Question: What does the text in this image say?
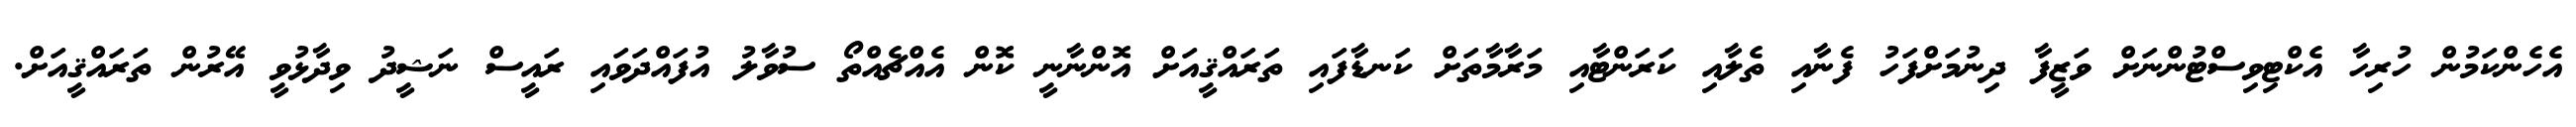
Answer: އެހެންކަމުން ހުރިހާ އެކްޓިވިސްޓުންނަށް ވަޒީފާ ދިނުމަށްފަހު ފެނާއި ތެލާއި ކަރަންޓާއި މަރާމާތަށް ކަނޑާފައި ތަރައްޤީއަށް އޮންނާނީ ކޮން އެއްޗެއްތޯ ސުވާލު އުފައްދަވައި ރައީސް ނަޝީދު ވިދާޅުވީ އޭރުން ތަރައްޤީއަށް.